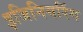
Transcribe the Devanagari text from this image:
इजिनियरिंग